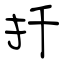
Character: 扦